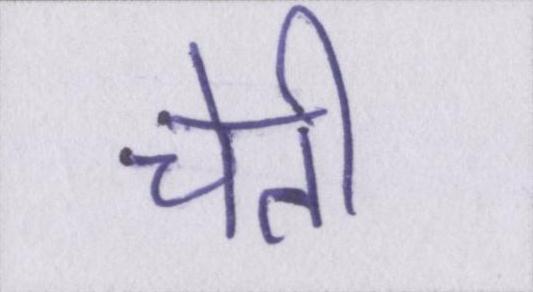
चेती